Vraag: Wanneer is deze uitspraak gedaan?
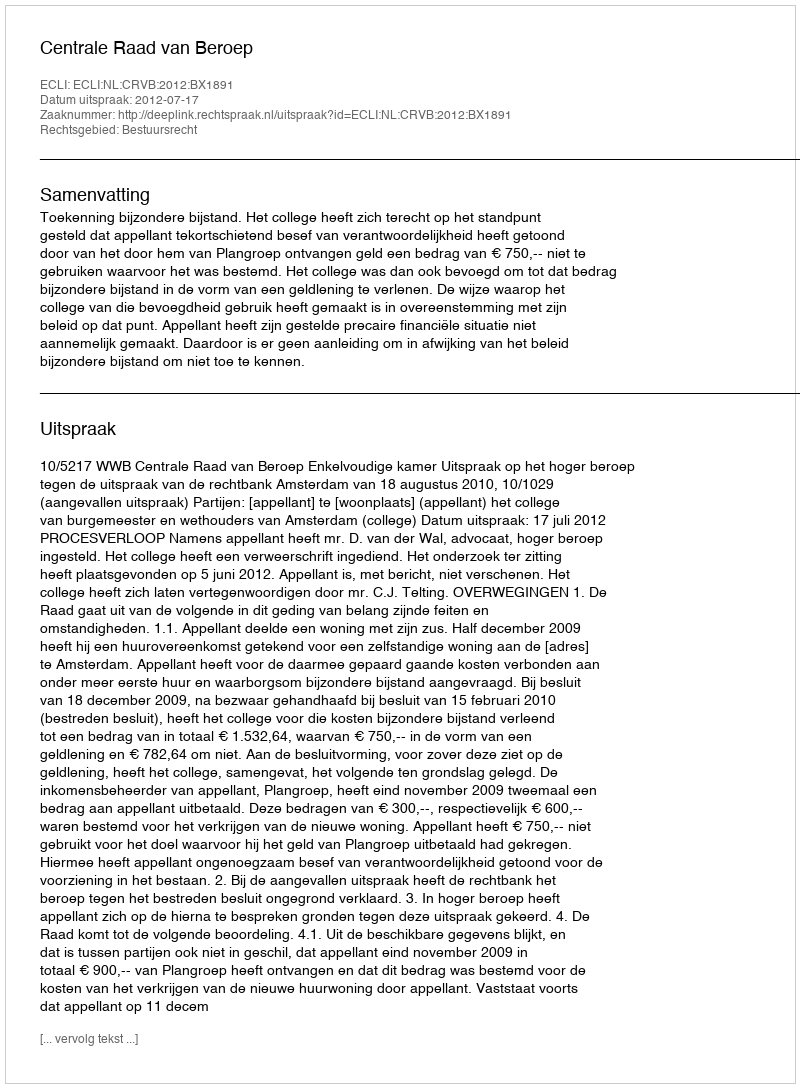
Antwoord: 2012-07-17